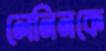
লেনিনকে